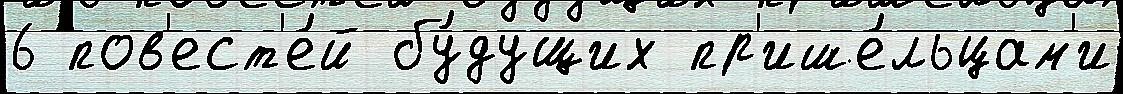
6 пов'ест'е́й бу́дущих пр'ише́льцам'и